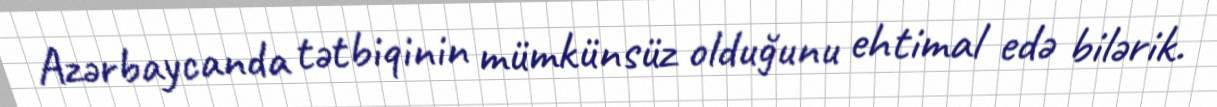
Azərbaycanda tətbiqinin mümkünsüz olduğunu ehtimal edə bilərik.